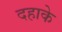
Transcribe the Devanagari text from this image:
दहाके